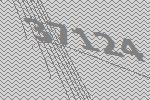
37124